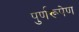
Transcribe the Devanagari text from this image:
पुर्णरूपेण